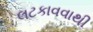
લટકાવવાથી